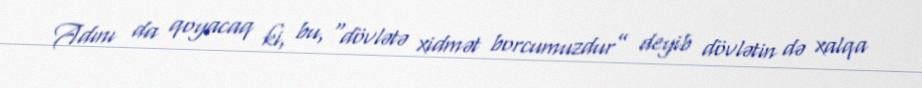
Adını da qoyacaq ki, bu, “dövlətə xidmət borcumuzdur” deyib dövlətin də xalqa